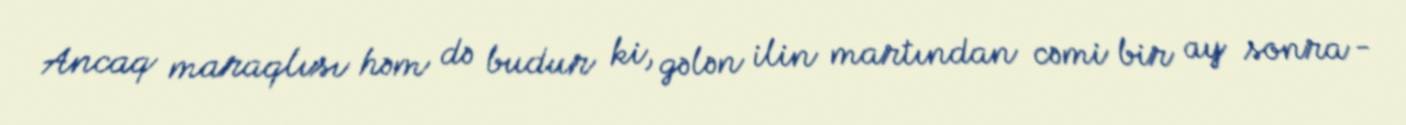
Ancaq maraqlısı həm də budur ki, gələn ilin martından cəmi bir ay sonra -